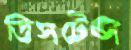
ডিসটেন্স